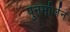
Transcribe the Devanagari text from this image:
पुनर्मार्जन